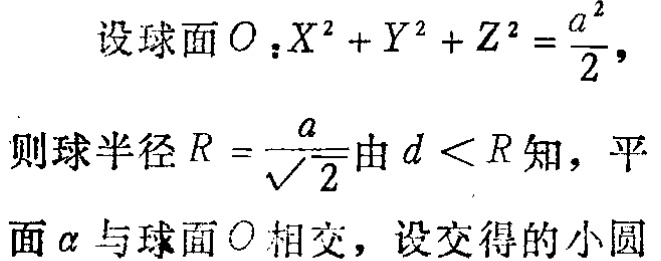
设球面\(O：X^{2}+Y^{2}+Z^{2}=\frac{a^{2}}{2}\)，
则球半径\(R = \frac{a}{\sqrt{2}}\)由\(d < R\)知，平面\(\alpha\)与球面\(O\)相交，设交得的小圆